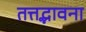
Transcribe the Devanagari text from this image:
तत्तद्भावना